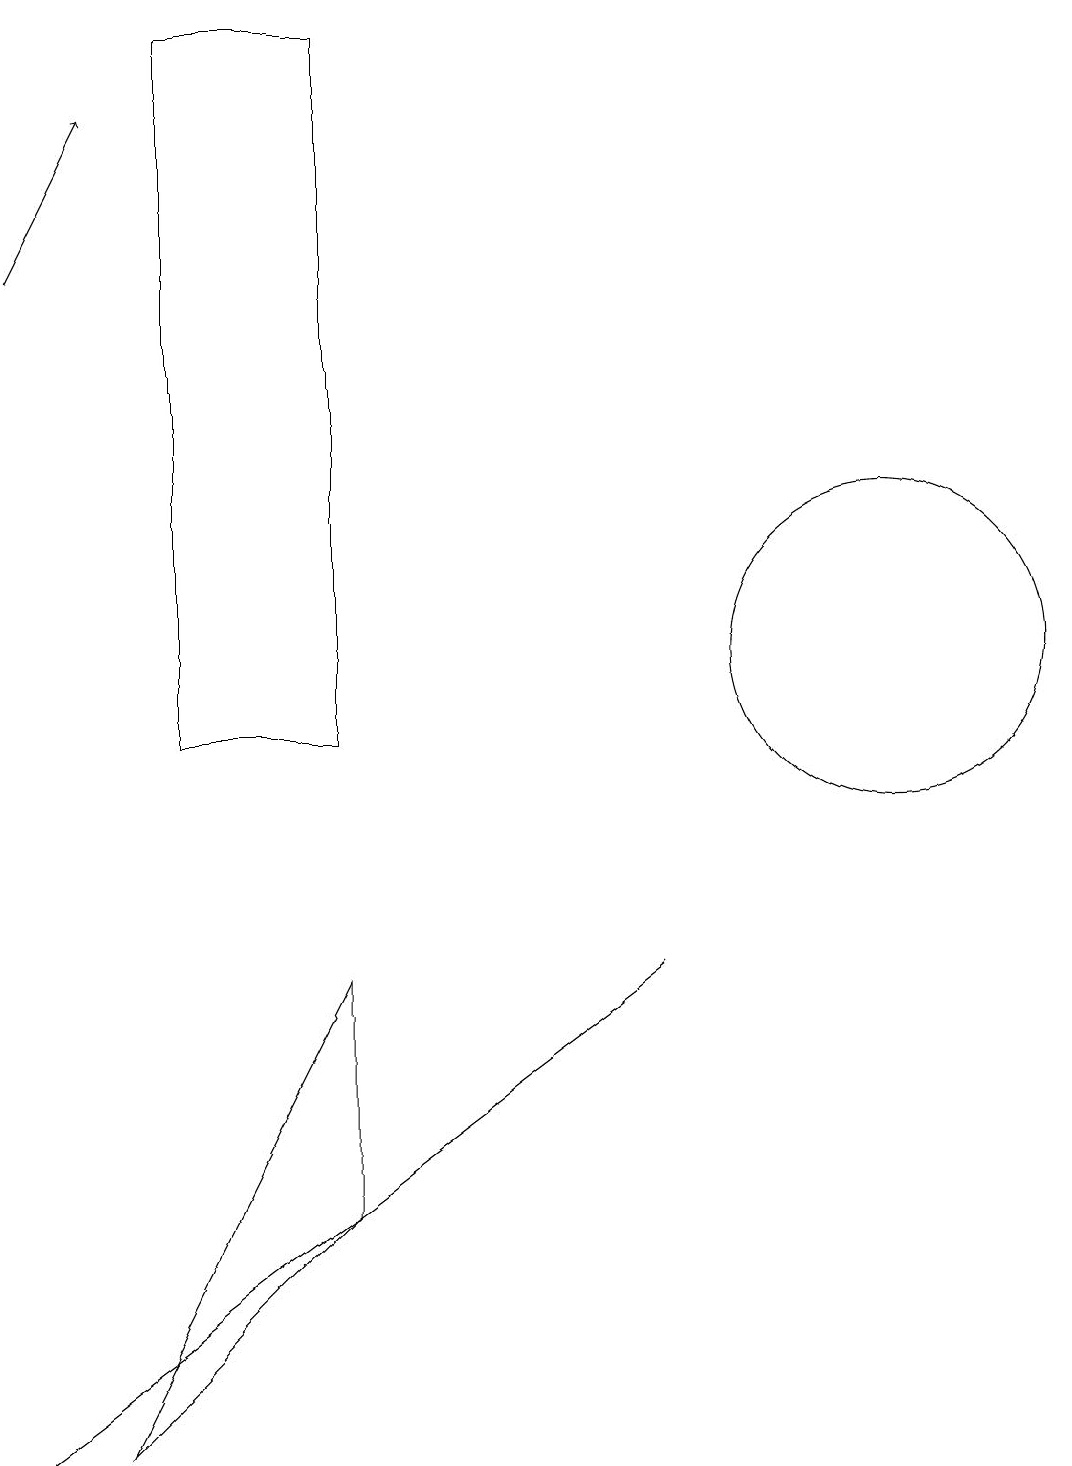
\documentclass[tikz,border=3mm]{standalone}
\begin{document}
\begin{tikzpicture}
\draw (11,11) circle (2);
\draw (4,19) rectangle (2,10);
\draw (4,7) -- (4,4) -- (1,1) -- cycle;
\draw[->] (0,16) -- (1,18);
\draw (0,1) -- (8,7) -- (0,1) -- cycle;
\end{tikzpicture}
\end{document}